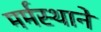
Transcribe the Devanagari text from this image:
मर्मस्थाने